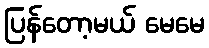
ပြန်တော့မယ် မေမေ